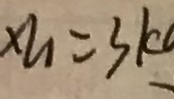
x l _ { 1 } = 3 k